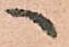
へ